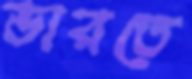
ভারতে